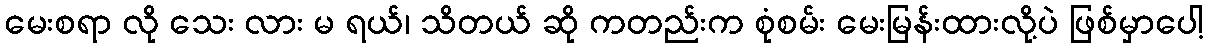
မေးစရာ လို သေး လား မ ရယ်၊ သိတယ် ဆို ကတည်းက စုံစမ်း မေးမြန်းထားလို့ပဲ ဖြစ်မှာပေါ့